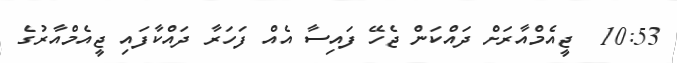
10:53  ޖީއެމްއާރަށް ދައްކަން ޖެހޭ ފައިސާ އެއް ފަހަރާ ދައްކާފައި ޖީއެމްއާރުގެ